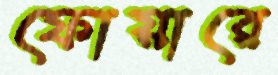
ফোয়ারে